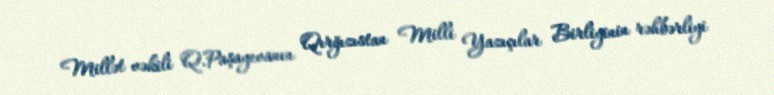
Millət vəkili Q.Paşayevanın Qırğızıstan Milli Yazıçılar Birliyinin rəhbərliyi